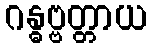
ဂန္ဓဗ္ဗတ္တာယ